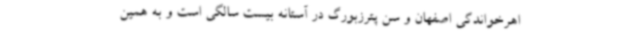
اهرخواندگی اصفهان و سن پترزبورگ در آستانه بیست سالگی است و به همین